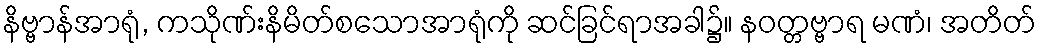
နိဗ္ဗာန်အာရုံ, ကသိုဏ်းနိမိတ်စသောအာရုံကို ဆင်ခြင်ရာအခါ၌။ နဝတ္တဗ္ဗာရ မဏံ၊ အတိတ်